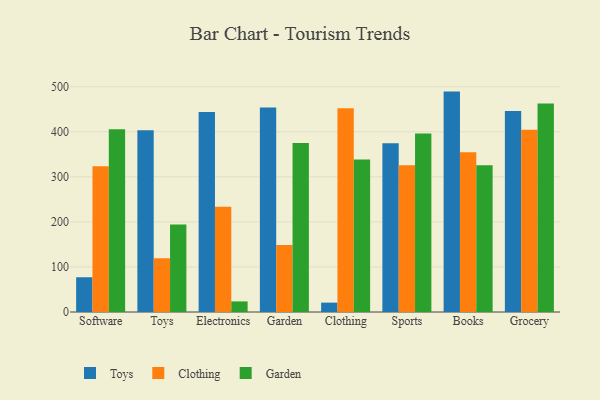
{"axis": {"x": "Category", "y": "Website Visitors"}, "legend": ["Clothing", "Garden", "Toys"], "data": [{"x": "Software", "y": 77.1, "type": "Toys"}, {"x": "Software", "y": 323.2, "type": "Clothing"}, {"x": "Software", "y": 405.5, "type": "Garden"}, {"x": "Toys", "y": 403.3, "type": "Toys"}, {"x": "Toys", "y": 119.3, "type": "Clothing"}, {"x": "Toys", "y": 193.9, "type": "Garden"}, {"x": "Electronics", "y": 444.0, "type": "Toys"}, {"x": "Electronics", "y": 233.6, "type": "Clothing"}, {"x": "Electronics", "y": 23.5, "type": "Garden"}, {"x": "Garden", "y": 453.7, "type": "Toys"}, {"x": "Garden", "y": 148.8, "type": "Clothing"}, {"x": "Garden", "y": 374.9, "type": "Garden"}, {"x": "Clothing", "y": 20.8, "type": "Toys"}, {"x": "Clothing", "y": 452.2, "type": "Clothing"}, {"x": "Clothing", "y": 338.6, "type": "Garden"}, {"x": "Sports", "y": 374.5, "type": "Toys"}, {"x": "Sports", "y": 325.6, "type": "Clothing"}, {"x": "Sports", "y": 396.0, "type": "Garden"}, {"x": "Books", "y": 489.1, "type": "Toys"}, {"x": "Books", "y": 354.7, "type": "Clothing"}, {"x": "Books", "y": 325.4, "type": "Garden"}, {"x": "Grocery", "y": 445.8, "type": "Toys"}, {"x": "Grocery", "y": 404.6, "type": "Clothing"}, {"x": "Grocery", "y": 462.6, "type": "Garden"}]}